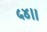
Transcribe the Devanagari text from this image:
५४।।